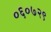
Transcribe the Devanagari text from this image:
०६०७२९